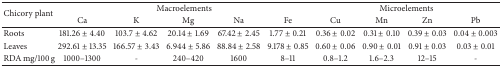
<table><thead><tr><td rowspan="2"><b>Chicory plant</b></td><td colspan="5"><b>Macroelements</b></td><td colspan="4"><b>Microelements</b></td></tr><tr><td><b>Ca</b></td><td><b>K</b></td><td><b>Mg</b></td><td><b>Na</b></td><td><b>Fe</b></td><td><b>Cu</b></td><td><b> Mn</b></td><td><b>Zn</b></td><td><b>Pb</b></td></tr></thead><tbody><tr><td>Roots</td><td>181.26 ± 4.40</td><td>103.7 ± 4.62</td><td>20.14 ± 1.69</td><td>67.42 ± 2.45</td><td>1.77 ± 0.21</td><td> 0.36 ± 0.02</td><td> 0.31 ± 0.10</td><td>0.39 ± 0.03</td><td>0.04 ± 0.003</td></tr><tr><td>Leaves</td><td>292.61 ± 13.35</td><td>166.57 ± 3.43</td><td>6.944 ± 5.86</td><td>88.84 ± 2.58</td><td>9.178 ± 0.85</td><td>0.60 ± 0.06</td><td>0.90 ± 0.01</td><td>0.91 ± 0.03</td><td>0.03 ± 0.01</td></tr><tr><td>RDA mg/100 g</td><td>1000–1300</td><td>-</td><td>240–420</td><td>1600</td><td>8–11</td><td>0.8–1.2</td><td>1.6–2.3</td><td>12–15</td><td>-</td></tr></tbody></table>